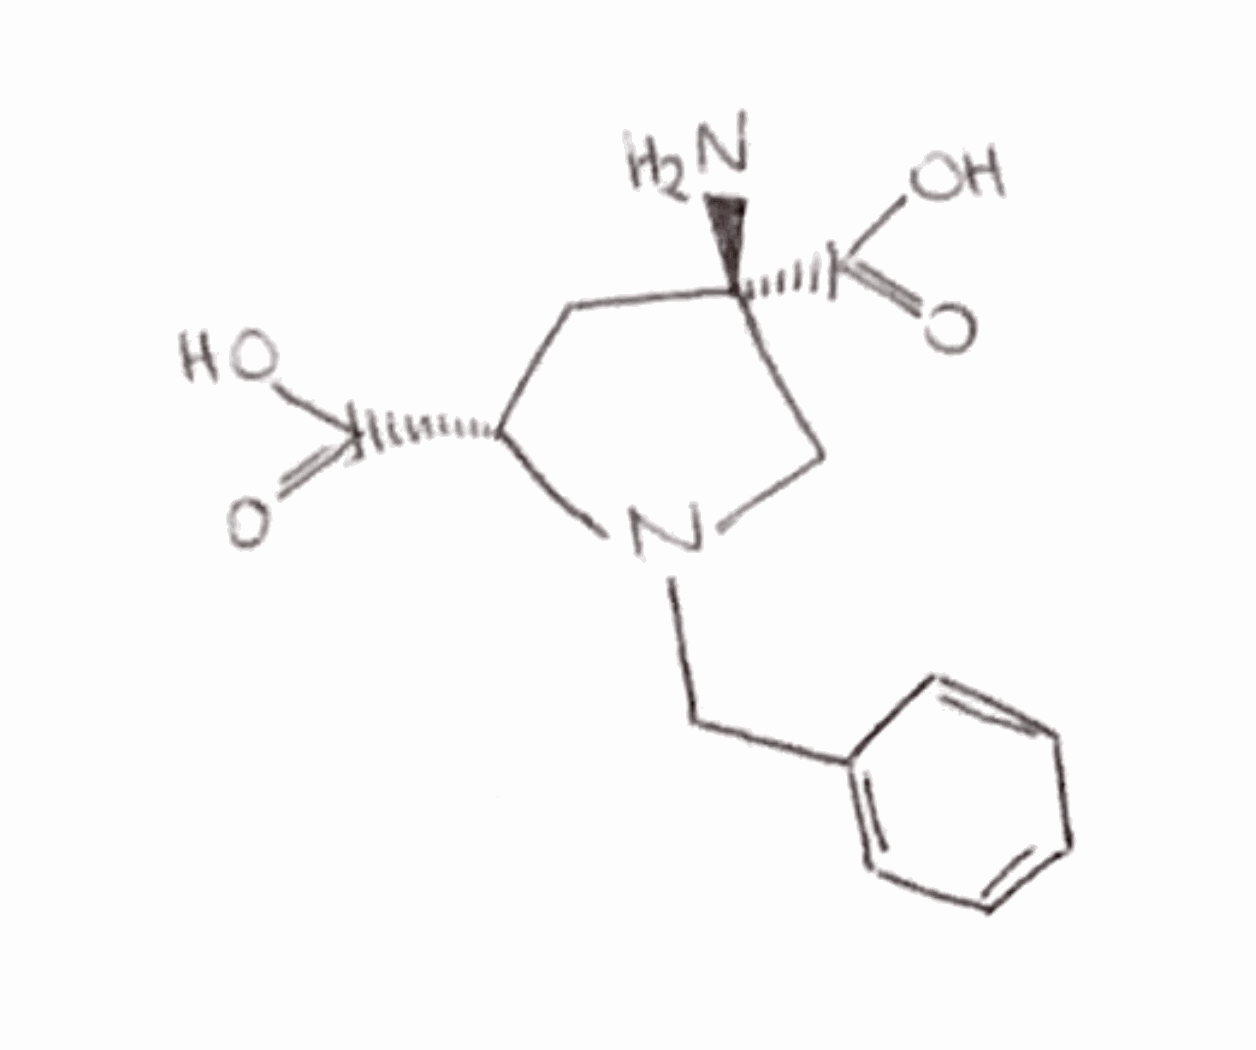
Simplified molecular-input line-entry system (SMILES) notation of the given molecule:
C1[C@H](N(C[C@]1(C(=O)O)N)CC2=CC=CC=C2)C(=O)O